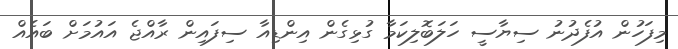
މިފަހުން އުފެދުނު ސިޔާސީ ހަލަބޮލިކަމާ ގުޅިގެން އިންޑިއާ ސިފައިން ރާއްޖެ އައުމަށް ބައެއް